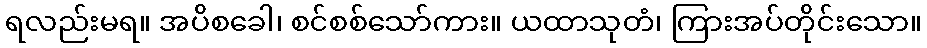
ရလည်းမရ။ အပိစခေါ၊ စင်စစ်သော်ကား။ ယထာသုတံ၊ ကြားအပ်တိုင်းသော။